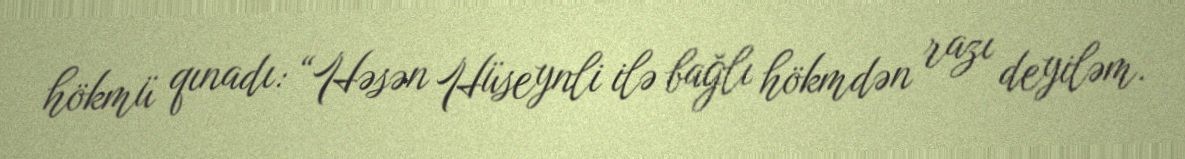
hökmü qınadı: “Həsən Hüseynli ilə bağlı hökmdən razı deyiləm.